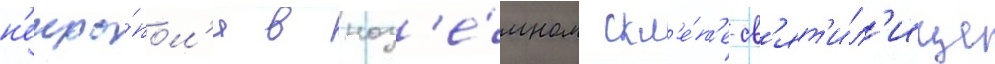
н'екро́пол'я в наз'е́мном скл'е́п'е-св'ят'и́л'ище